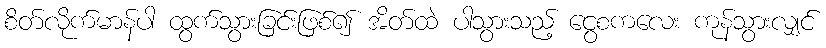
စိတ်လိုက်မာန်ပါ ထွက်သွားခြင်းဖြစ်၍ အိတ်ထဲ ပါသွားသည့် ငွေစကလေး ကုန်သွားလျှင်